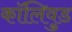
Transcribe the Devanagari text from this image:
कॉलिवुड